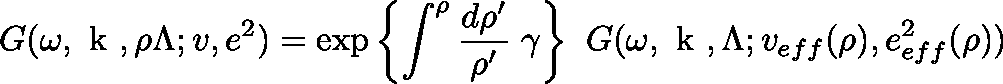
G ( \omega , \mathrm { \boldmath ~ k ~ } , \rho \Lambda ; v , e ^ { 2 } ) = \exp { \left\{ \int ^ { \rho } \frac { d \rho ^ { \prime } } { \rho ^ { \prime } } \; \gamma \right\} } \; \; G ( \omega , \mathrm { \boldmath ~ k ~ } , \Lambda ; v _ { e f f } ( \rho ) , e _ { e f f } ^ { 2 } ( \rho ) )